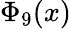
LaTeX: \Phi_{9}(x)